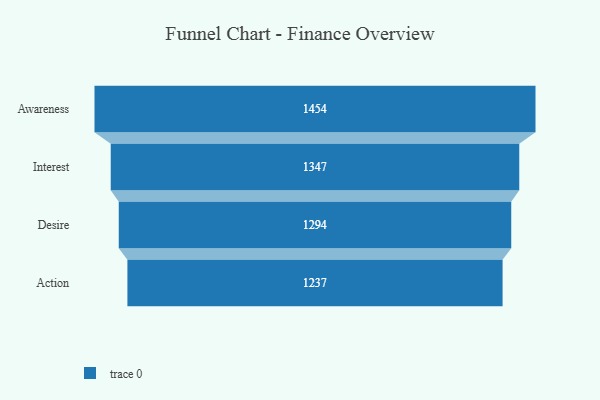
{"axis": {"x": "Stage", "y": "Value"}, "legend": [""], "data": [{"x": "Awareness", "y": 1454.0, "type": ""}, {"x": "Interest", "y": 1347.0, "type": ""}, {"x": "Desire", "y": 1294.0, "type": ""}, {"x": "Action", "y": 1237.0, "type": ""}]}